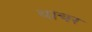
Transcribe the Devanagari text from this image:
थाचर